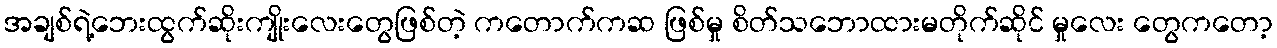
အချစ်ရဲ့ဘေးထွက်ဆိုးကျိုးလေးတွေဖြစ်တဲ့ ကတောက်ကဆ ဖြစ်မှု စိတ်သဘောထားမတိုက်ဆိုင် မှုလေး တွေကတော့